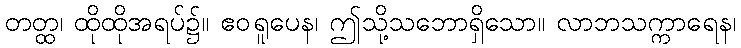
တတ္ထ၊ ထိုထိုအရပ်၌။ ဧဝရူပေန၊ ဤသို့သဘောရှိသော။ လာဘသက္ကာရေန၊